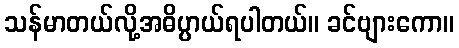
သန်မာတယ်လို့အဓိပ္ပာယ်ရပါတယ်။ ခင်ဗျားကော။